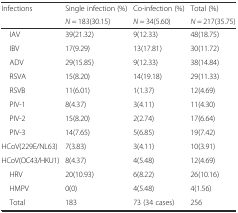
| <ROWSPAN=2> Infections | Single infection (%) | Co-infection (%) | Total (%) |
 | N = 183(30.15) | N = 34(5.60) | N = 217(35.75) |
 | --- | --- | --- | --- |
 | IAV | 39(21.32) | 9(12.33) | 48(18.75) |
 | IBV | 17(9.29) | 13(17.81) | 30(11.72) |
 | ADV | 29(15.85) | 9(12.33) | 38(14.84) |
 | RSVA | 15(8.20) | 14(19.18) | 29(11.33) |
 | RSVB | 11(6.01) | 1(1.37) | 12(4.69) |
 | PIV-1 | 8(4.37) | 3(4.11) | 11(4.30) |
 | PIV-2 | 15(8.20) | 2(2.74) | 17(6.64) |
 | PIV-3 | 14(7.65) | 5(6.85) | 19(7.42) |
 | HCoV(229E/NL63) | 7(3.83) | 3(4.11) | 10(3.91) |
 | HCoV(OC43/HKU1) | 8(4.37) | 4(5.48) | 12(4.69) |
 | HRV | 20(10.93) | 6(8.22) | 26(10.16) |
 | HMPV | 0(0) | 4(5.48) | 4(1.56) |
 | Total | 183 | 73 (34 cases) | 256 |